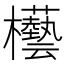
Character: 𣡊